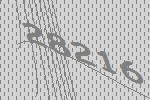
28216